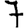
Digit: 7